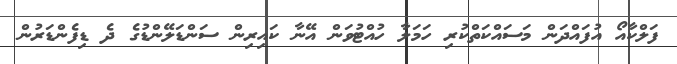
ފަލްކާއޯ އުފައްދަން މަސައްކަތްކުރި ހަމަލާ ހުއްޓުވަން އޭނާ ކައިރިން ސަންޑަލޭންޑުގެ ދެ ޑިފެންޑަރުން